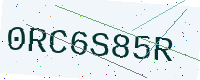
Text: 0RC6S85R